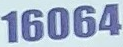
16064